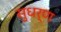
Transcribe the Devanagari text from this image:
सुधर्ण